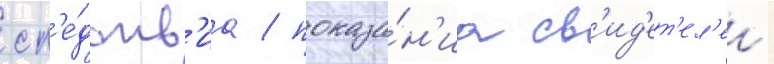
сл'е́дств'иа / показа́н'иа св'ид'ет'ел'еи